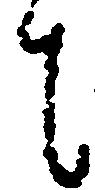
者